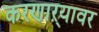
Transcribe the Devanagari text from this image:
करणाऱ्यावर